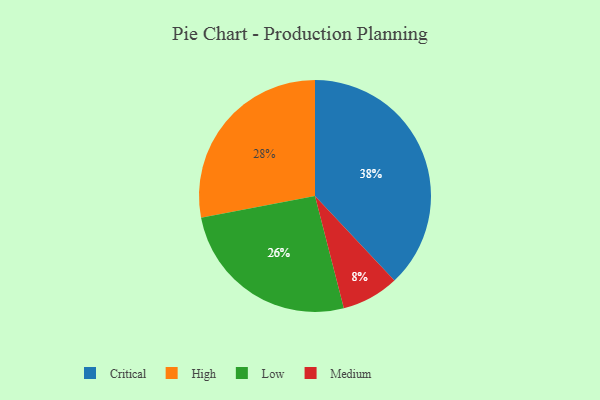
{"axis": {"x": "Category", "y": "Percentage"}, "legend": ["Critical", "High", "Low", "Medium"], "data": [{"x": "Medium", "y": 8, "type": "Medium"}, {"x": "High", "y": 28, "type": "High"}, {"x": "Critical", "y": 38, "type": "Critical"}, {"x": "Low", "y": 26, "type": "Low"}]}